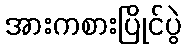
အားကစားပြိုင်ပွဲ